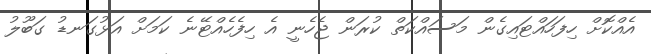
އެއްކޮށް ހިފަހައްޓައިގެން މަސައްކަތް ކުރަން ޖެހެނީ އެ ހިފެހެއްޓޭނެ ކަމަށް އަޅުގަނޑު ގަބޫލު